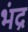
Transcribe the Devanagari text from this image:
भंद्र